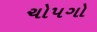
ચોપગો